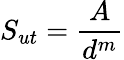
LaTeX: S_{ut}=\frac{A}{d^{m}}